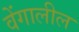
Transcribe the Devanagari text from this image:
वेंगालील